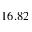
1 6 . 8 2